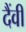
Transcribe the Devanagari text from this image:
दैंवी